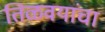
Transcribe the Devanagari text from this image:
तिळवयांचा